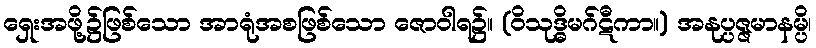
ရှေးအဖို့၌ဖြစ်သော အာရုံအစဖြစ်သော ဇောဝါရ၌။ (ဝိသုဒ္ဓိမဂ်ဋီကာ။) အနုပ္ပဇ္ဇမာနမ္ပိ၊